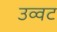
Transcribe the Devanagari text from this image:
उव्‍वट